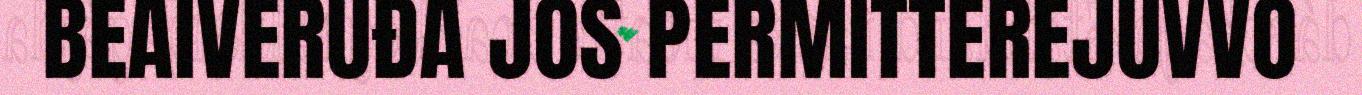
BEAIVERUĐA JOS PERMITTEREJUVVO